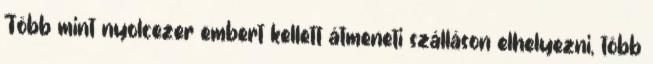
Több mint nyolcezer embert kellett átmeneti szálláson elhelyezni, több